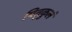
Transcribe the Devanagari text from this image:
पितृकुलं